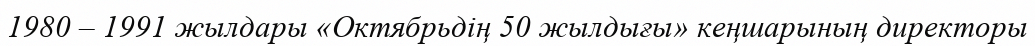
1980 – 1991 жылдары «Октябрьдің 50 жылдығы» кеңшарының директоры